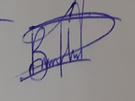
Signature authenticity: genuine